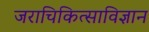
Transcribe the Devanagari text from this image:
जराचिकित्साविज्ञान